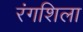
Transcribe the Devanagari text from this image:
रंगशिला